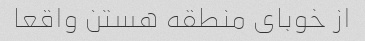
از خوبای منطقه هستن واقعا